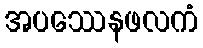
အပဿေနဖလကံ